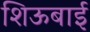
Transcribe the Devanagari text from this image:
शिऊबाई